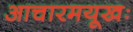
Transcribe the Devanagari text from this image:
आचारमयूखः